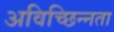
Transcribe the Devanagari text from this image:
अविच्छिन्नता